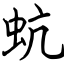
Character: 蚢